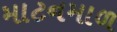
માટનમાળ